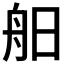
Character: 𦨙